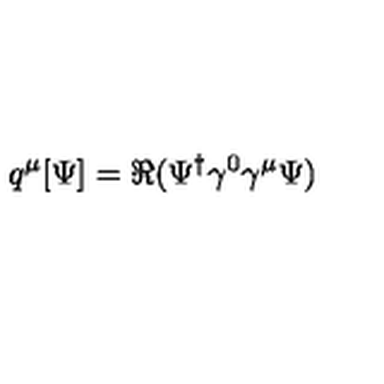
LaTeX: q ^ { \mu } [ \Psi ] = \Re ( \Psi ^ { \dagger } \gamma ^ { 0 } \gamma ^ { \mu } \Psi )